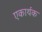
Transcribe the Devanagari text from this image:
एकार्थक